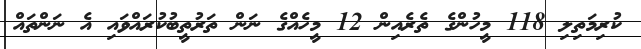
ކުރިމަތިލި 118 މީހުންގެ ތެރެއިން 12 މީހެއްގެ ނަން ތަރުތީބުކުރައްވައި އެ ނަންތައް